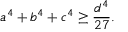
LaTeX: a ^ { 4 } + b ^ { 4 } + c ^ { 4 } \geq { \frac { d ^ { 4 } } { 2 7 } } .